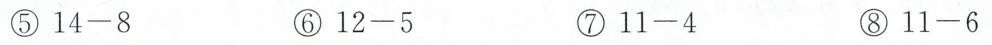
⑤$$1 4 - 8$$ ⑥$$1 2 - 5$$ ⑦$$1 1 - 4$$ ⑧$$1 1 - 6$$